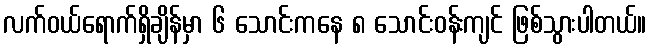
လက်ဝယ်ရောက်ရှိချိန်မှာ ၆ သောင်းကနေ ၈ သောင်းဝန်းကျင် ဖြစ်သွားပါတယ်။